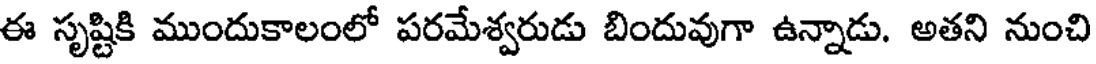
ఈ సృష్టికి ముందుకాలంలో పరమేశ్వరుడు బిందువుగా ఉన్నాడు. అతని నుంచి